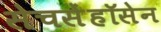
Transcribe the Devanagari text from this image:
सेचसेंहॉसेन